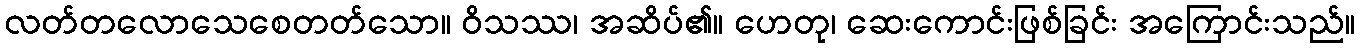
လတ်တလောသေစေတတ်သော။ ဝိသဿ၊ အဆိပ်၏။ ဟေတု၊ ဆေးကောင်းဖြစ်ခြင်း အကြောင်းသည်။